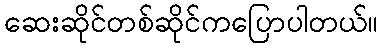
ဆေးဆိုင်တစ်ဆိုင်ကပြောပါတယ်။